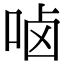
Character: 𠳱